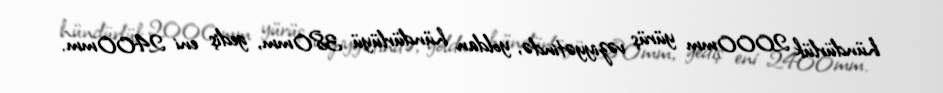
hündürlük 2000mm yürüş vəziyyətində, yoldan hündürlüyü 380mm, gediş eni 2400mm.